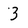
Character: 3